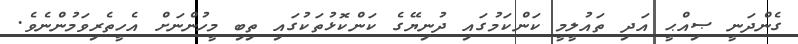
ގެންދަނީ ޞިއްޙީ އަދި ތައުލީމީ ކަންކަމުގައި ދުނިޔޭގެ ކަންކޮޅުތަކުގައި ތިބި މީހުންނަށް އެހީތެރިވަމުންނެވެ.